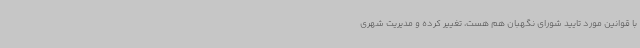
با قوانین مورد تایید شورای نگهبان هم هست، تغییر کرده و مدیریت شهری